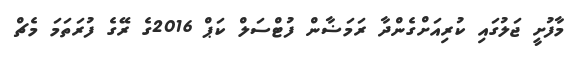
މާފުށީ ޖަލުގައި ކުރިއަށްގެންދާ ރަމަޟާން ފުޓްސަލް ކަޕް 2016ގެ ރޭގެ ފުރަތަމަ މެޗް